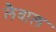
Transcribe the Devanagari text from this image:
लैवाल